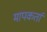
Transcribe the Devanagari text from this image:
मापकर्ता